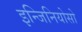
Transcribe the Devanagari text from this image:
इन्जिनियोसो